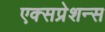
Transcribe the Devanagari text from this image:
एक्सप्रेशन्स